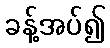
ခန့်အပ်၍